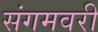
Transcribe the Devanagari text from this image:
संगमवरी